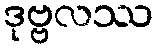
ဒုဗ္ဗလဿ